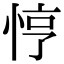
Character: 悙